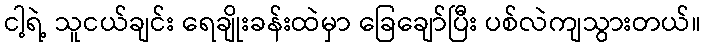
ငါ့ရဲ့ သူငယ်ချင်း ရေချိုးခန်းထဲမှာ ခြေချော်ပြီး ပစ်လဲကျသွားတယ်။